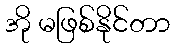
အို မဖြစ်နိုင်တာ